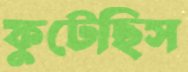
ফুটেছিস